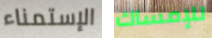
الإستمناء للإمساك